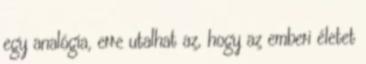
egy analógia, erre utalhat az, hogy az emberi életet